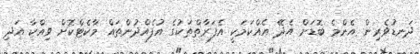
ދަނޑުވެރިން އެންމެ ބޮޑަށް އެދޭ އެއްކަމަކީ އެފަރާތްތަކުގެ އުފެއްދުންތައް މާކެޓްކޮށް ވިއްކާ އަދި